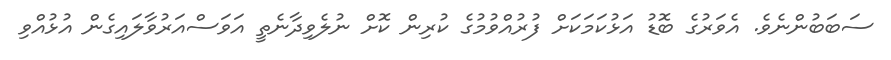
ސަބަބުންނެވެ. އެވަރުގެ ބޮޑު އަޅުކަމަކަށް ފުރުއްވުމުގެ ކުރިން ކޮށް ނުލެވިދާނެތީ އަވަސްއަރުވާލައިގެން އުޅުއްވި